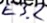
Text: E3.2